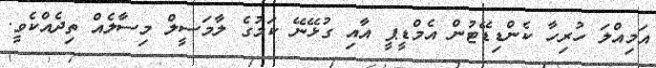
އަމިއްލަ ހުރިހާ ކެންޑިޑޭޓުން އެމްޑީޕީ އާއި ގުޅޭނޭ ކަމުގެ ލާމަސީލް މިސާލެއް ތިދެއްކެވީ.